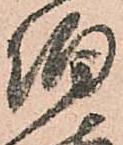
伯